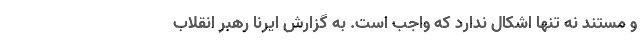
و مستند نه تنها اشکال ندارد که واجب است. به گزارش ایرنا رهبر انقلاب